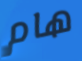
هام